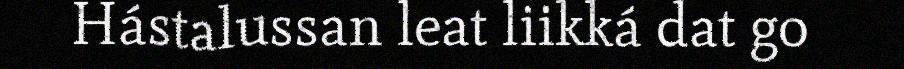
Hástalussan leat liikká dat go